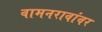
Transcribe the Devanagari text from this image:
वामनरावांवर